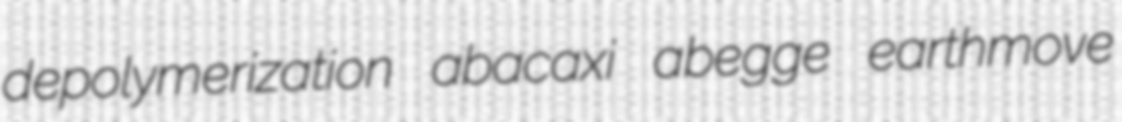
depolymerization abacaxi abegge earthmove